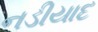
નડીયાદ